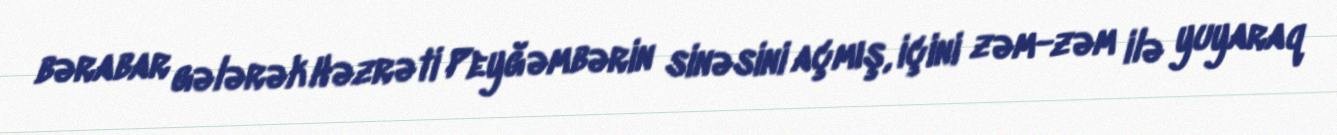
bərabar gələrək Həzrəti Peyğəmbərin sinəsini açmış, içini zəm-zəm ilə yuyaraq